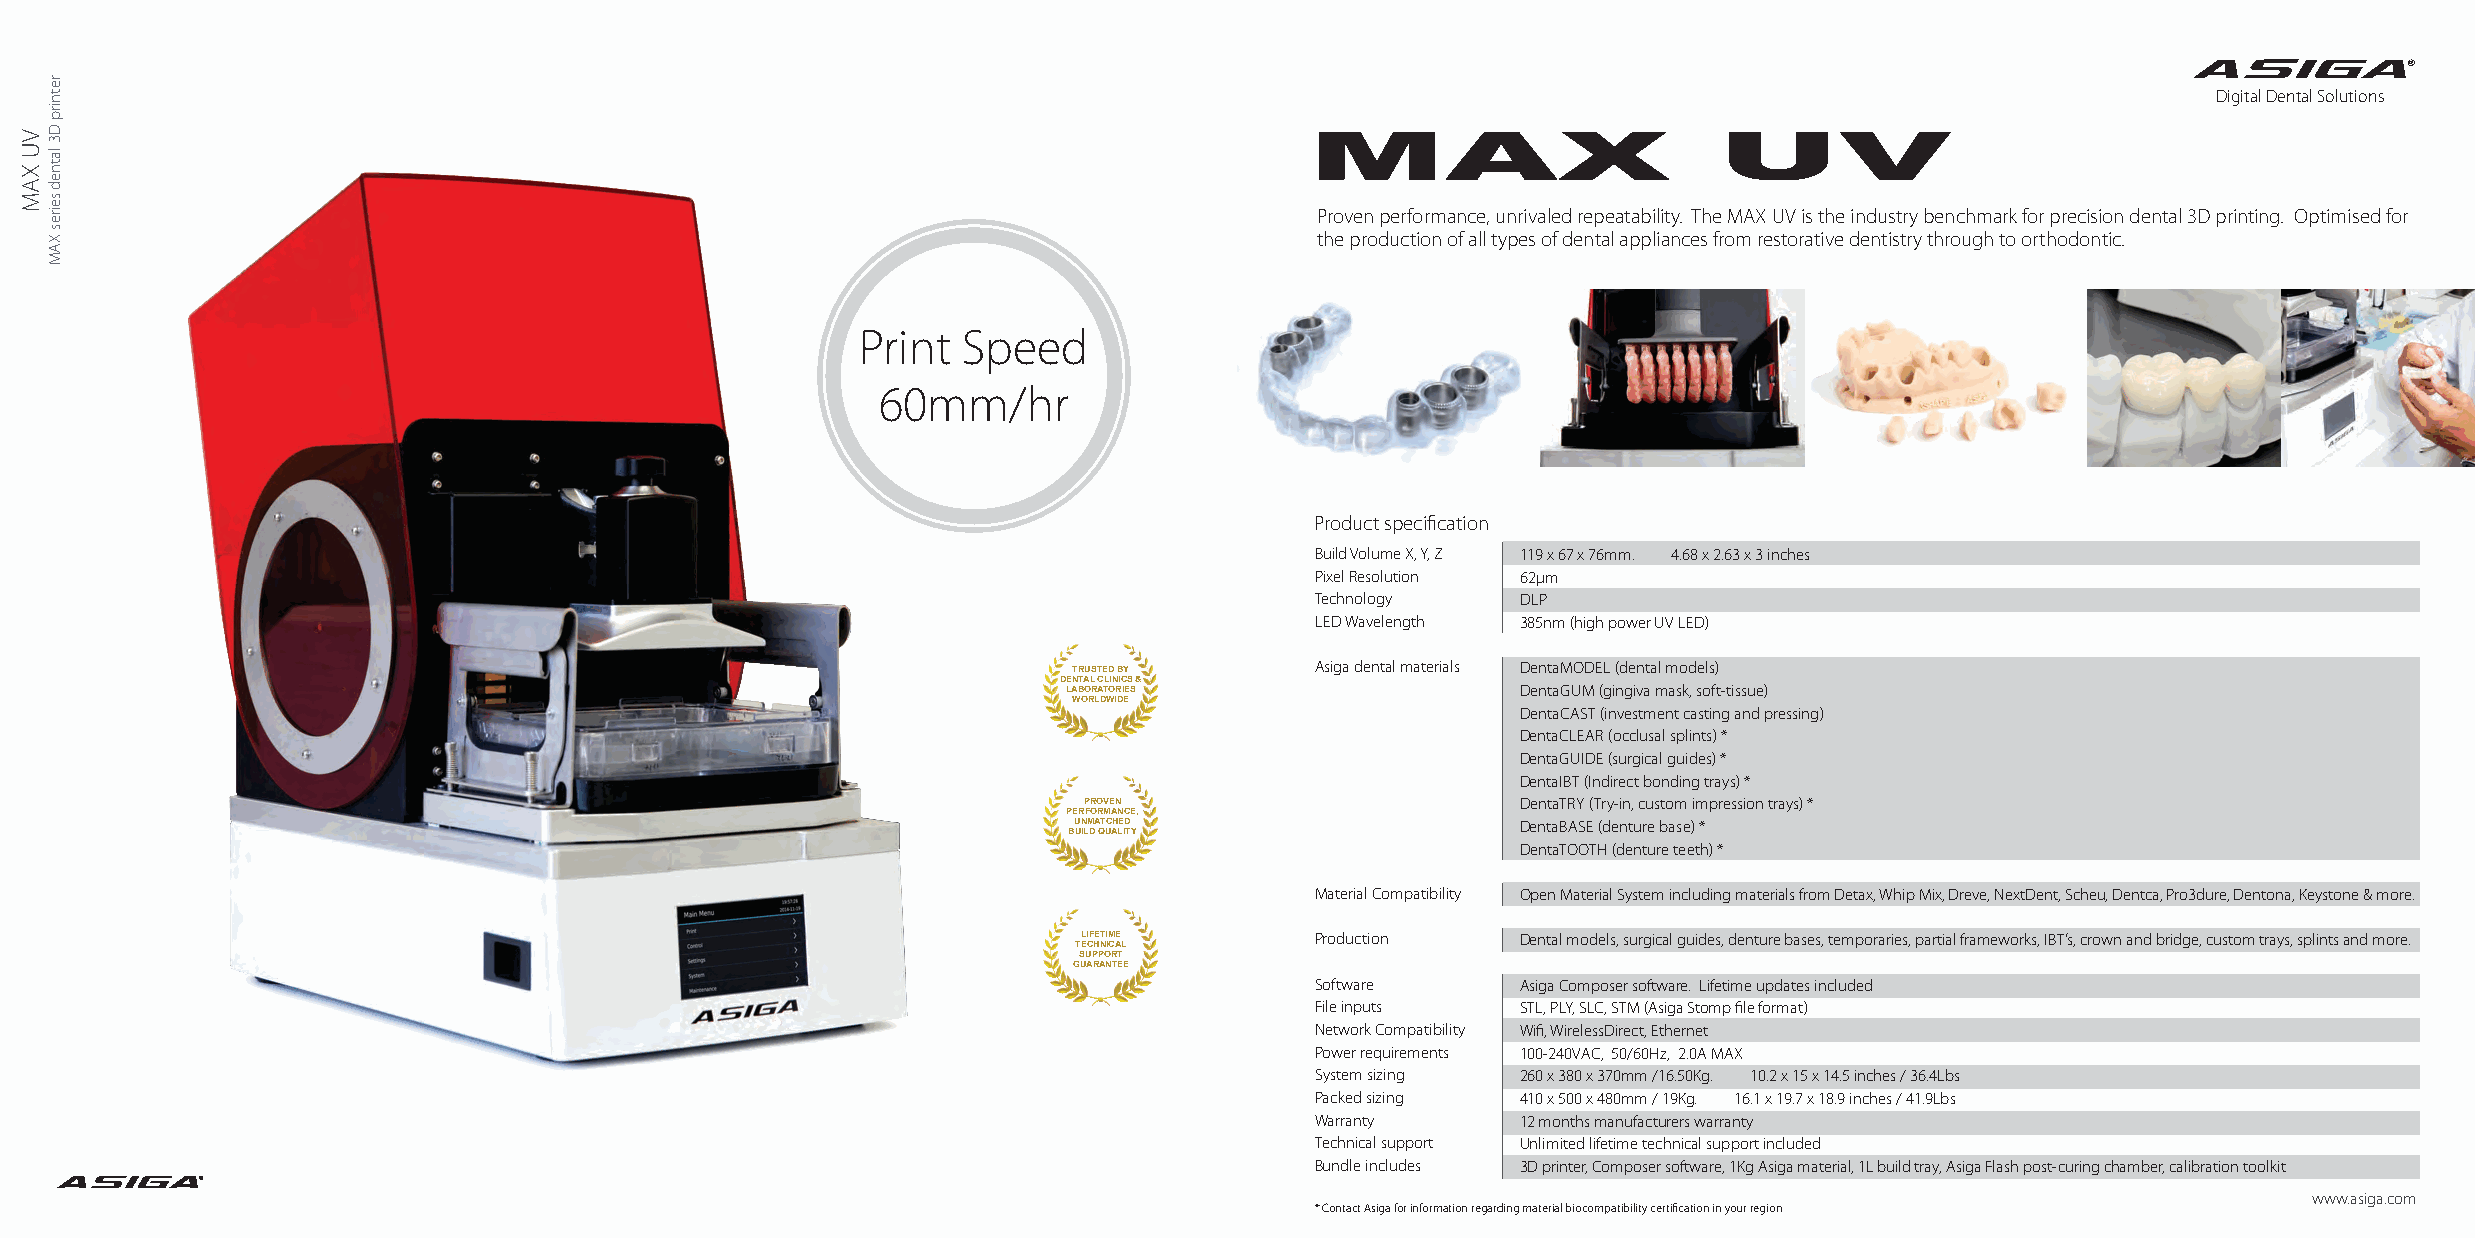
®
 Digital Dental Solutions
 MAX                        UV
 Proven performance, unrivaled repeatability. The MAX UV is the industry benchmark for precision dental 3D printing. Optimised for
 the production of all types of dental appliances from restorative dentistry through to orthodontic.
 Print  Speed
 60mm/hr
 Product specification
 Build Volume X, Y, Z 119 x 67 x 76mm. 4.68 x 2.63 x 3 inches
 Pixel Resolution 62µm
 Technology    DLP
 LED Wavelength 385nm (high power UV LED)
 TRUSTED BY      Asiga dental materials DentaMODEL (dental models)
 DENTAL CLINICS &
 LABORATORIES                  DentaGUM (gingiva mask, soft-tissue)
 WORLDWIDE
 DentaCAST (investment casting and pressing)
 DentaCLEAR (occlusal splints) *
 DentaGUIDE (surgical guides) *
 DentaIBT (Indirect bonding trays) *
 PROVEN                       DentaTRY (Try-in, custom impression trays) *
 PERFORMANCE,
 UNMATCHED                     DentaBASE (denture base) *
 BUILD QUALITY
 DentaTOOTH (denture teeth) *
 Material Compatibility Open Material System including materials from Detax, Whip Mix, Dreve, NextDent, Scheu, Dentca, Pro3dure, Dentona, Keystone & more.
 LIFETIME       Production    Dental models, surgical guides, denture bases, temporaries, partial frameworks, IBT’s, crown and bridge, custom trays, splints and more.
 TECHNICAL
 SUPPORT
 GUARANTEE
 Software      Asiga Composer software. Lifetime updates included
 File inputs   STL, PLY, SLC, STM (Asiga Stomp file format)
 Network Compatibility Wifi, WirelessDirect, Ethernet
 Power requirements 100-240VAC, 50/60Hz, 2.0A MAX
 System sizing 260 x 380 x 370mm /16.50Kg. 10.2 x 15 x 14.5 inches / 36.4Lbs
 Packed sizing 410 x 500 x 480mm / 19Kg. 16.1 x 19.7 x 18.9 inches / 41.9Lbs
 Warranty      12 months manufacturers warranty
 Technical support Unlimited lifetime technical support included
 Bundle includes 3D printer, Composer software, 1Kg Asiga material, 1L build tray, Asiga Flash post-curing chamber, calibration toolkit
 ®
 www.asiga.com
 * Contact Asiga for information regarding material biocompatibility certification in your region
 VU
 XAM
 retnirp
 D3
 latned
 seires
 XAM